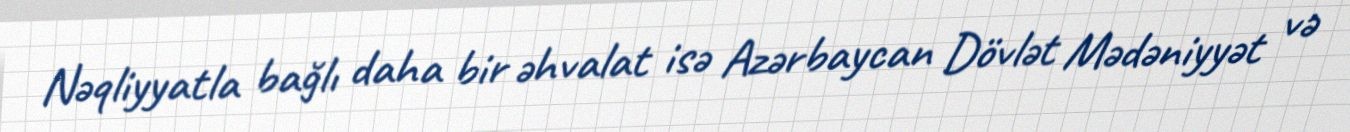
Nəqliyyatla bağlı daha bir əhvalat isə Azərbaycan Dövlət Mədəniyyət və